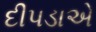
દીપડાએ